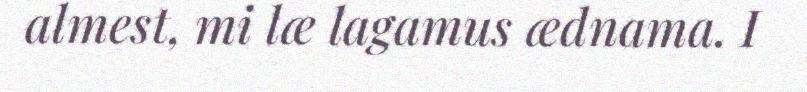
almest, mi læ lagamus ædnama. I